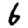
Digit: 6